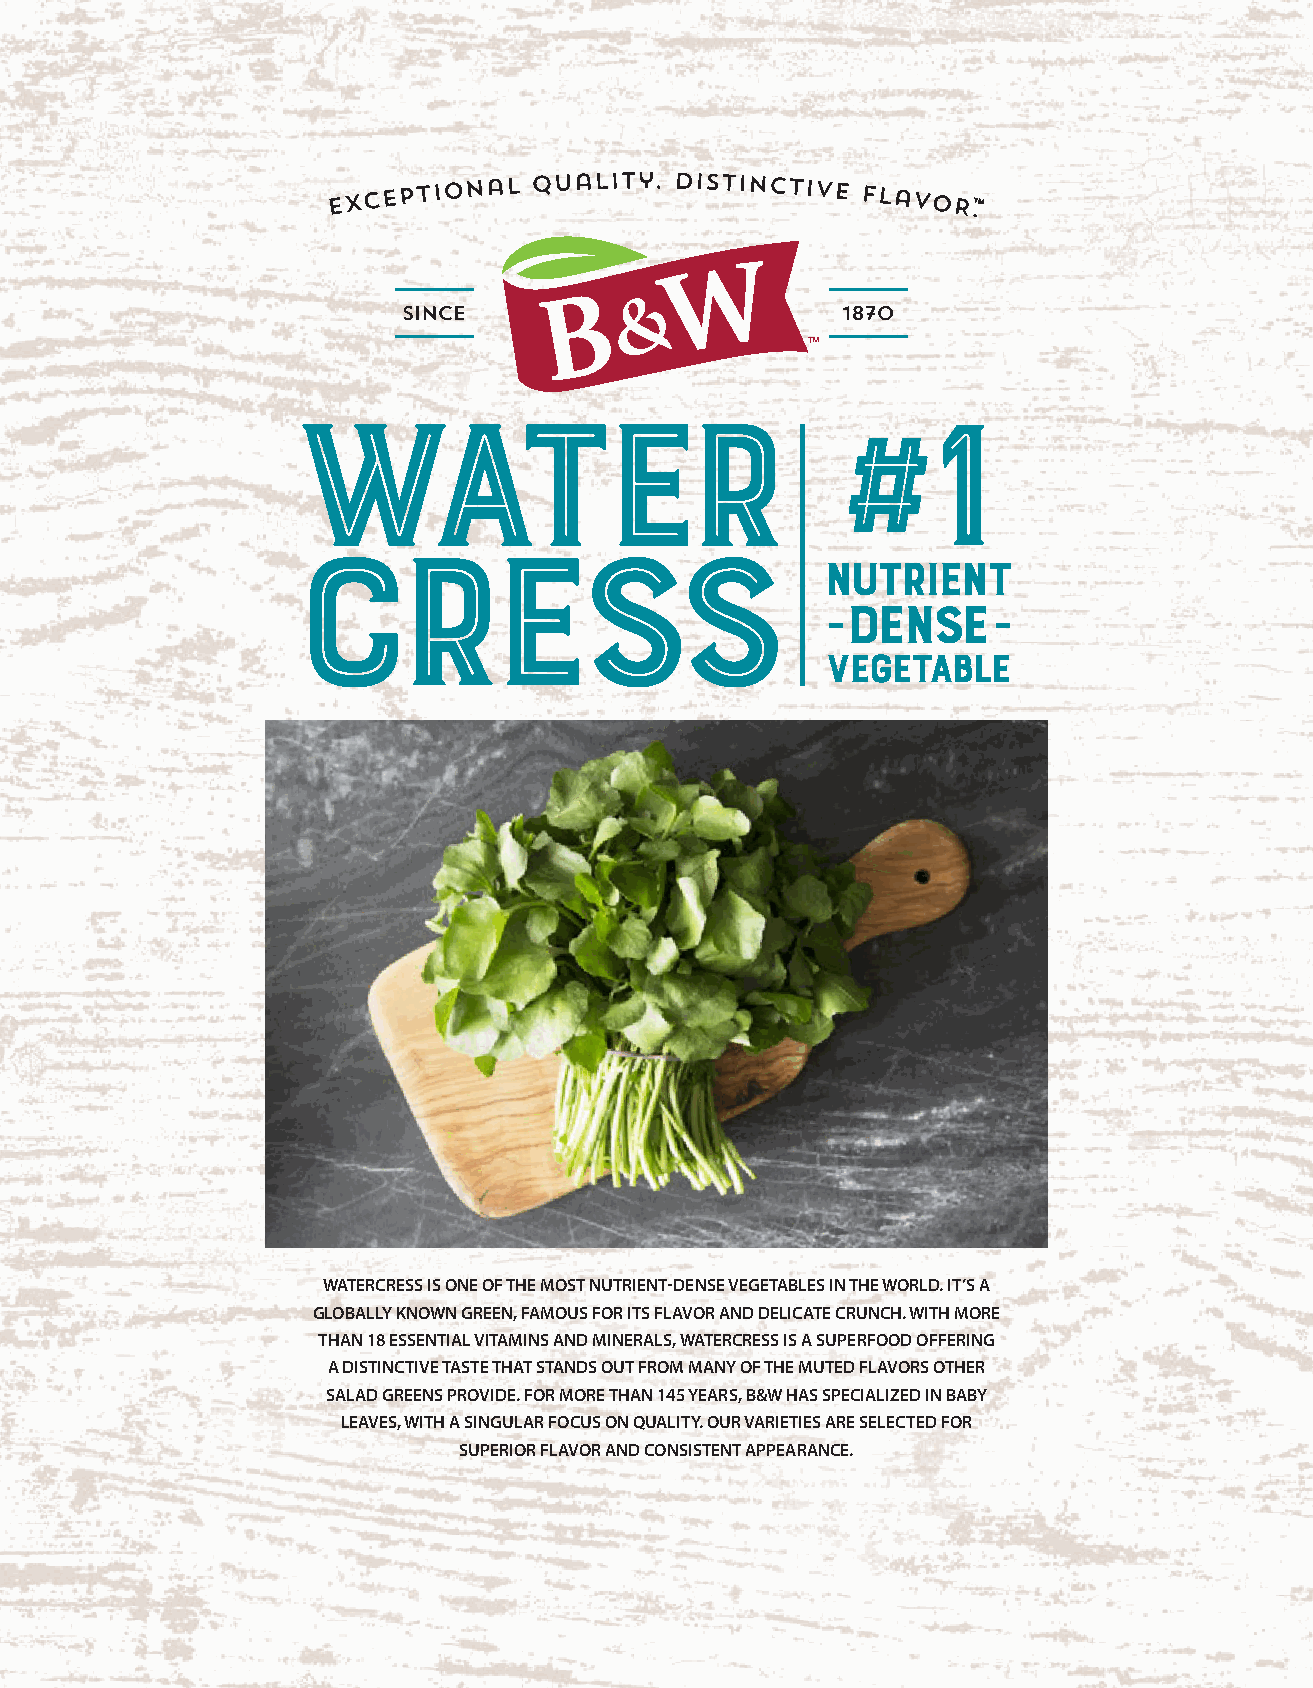
WATERCRESS IS ONE OF THE MOST NUTRIENT-DENSE VEGETABLES IN THE WORLD. IT’S A
 GLOBALLY KNOWN GREEN, FAMOUS FOR ITS FLAVOR AND DELICATE CRUNCH. WITH MORE
 THAN 18 ESSENTIAL VITAMINS AND MINERALS, WATERCRESS IS A SUPERFOOD OFFERING
 A DISTINCTIVE TASTE THAT STANDS OUT FROM MANY OF THE MUTED FLAVORS OTHER
 SALAD GREENS PROVIDE. FOR MORE THAN 145 YEARS, B&W HAS SPECIALIZED IN BABY
 LEAVES, WITH A SINGULAR FOCUS ON QUALITY. OUR VARIETIES ARE SELECTED FOR
 SUPERIOR FLAVOR AND CONSISTENT APPEARANCE.